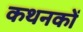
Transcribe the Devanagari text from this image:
कथनकों